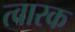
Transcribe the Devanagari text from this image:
त्वारक